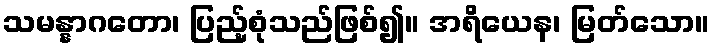
သမန္နာဂတော၊ ပြည့်စုံသည်ဖြစ်၍။ အရိယေန၊ မြတ်သော။